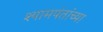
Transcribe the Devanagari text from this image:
श्यामपंतांच्या